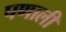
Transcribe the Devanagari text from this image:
पणाली